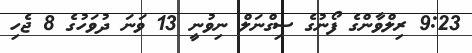
9:23 ރިލްވާންގެ ފޯނުގެ ސިގްނަލް ނިވުނީ 13 ވަނަ ދުވަހުގެ 8 ޖެހި